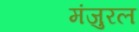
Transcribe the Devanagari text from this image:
मंजुरल